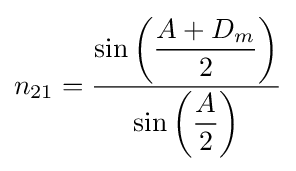
n_{21}={\dfrac {\sin \left({\dfrac {A+D_{m}}{2}}\right)}{\sin \left({\dfrac {A}{2}}\right)}}